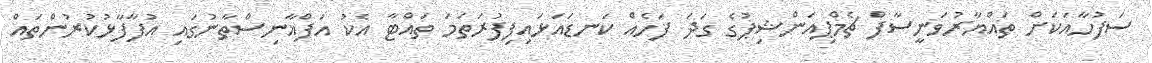
ސަފުހާއަކަށް ތައްޔާރުވަނީސާފް ޗެމްޕިއަންޝިޕުގެ ގަދަ ފަހެއް ކަނޑައަޅައިފިފުރަތަމަ ތައްޓާ އެކު އަފްޣާނިސްތާނުގައި އުފާފާޅުކުރުންތައް